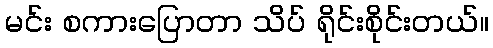
မင်း စကားပြောတာ သိပ် ရိုင်းစိုင်းတယ်။